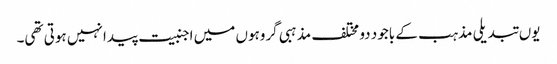
یوں تبدیلی مذہب کے باجود دو مختلف مذہبی گروہوں میں اجنبیت پیدا نہیں ہوتی تھی۔